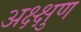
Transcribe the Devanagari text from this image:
अक्ष्क्षुण